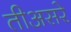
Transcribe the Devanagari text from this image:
तीअसरे